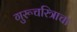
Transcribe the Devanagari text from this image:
गुरूचरित्राचा